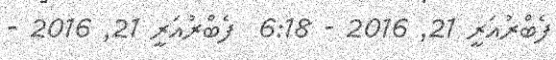
ފެބްރުއަރީ 21